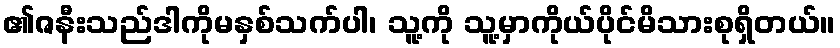
၏ဇနီးသည်ဒါကိုမနှစ်သက်ပါ၊ သူ့ကို သူ့မှာကိုယ်ပိုင်မိသားစုရှိတယ်။